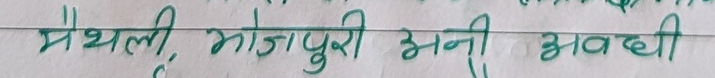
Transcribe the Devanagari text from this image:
मैथली, भोजपुरी भनी अवधी